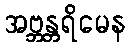
အဗ္ဘန္တရိမေန